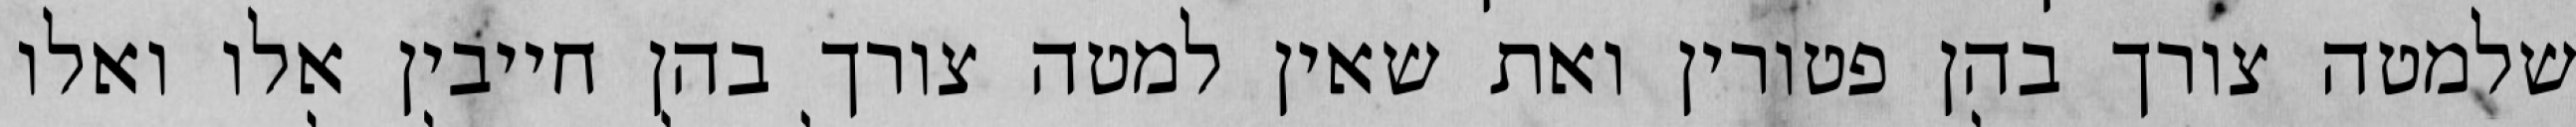
שלמטה צורך בהן פטורין ואת שאין למטה צורך בהן חייבין אלו ואלו